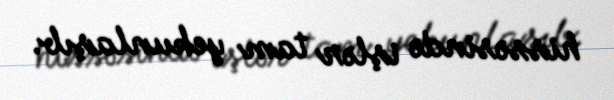
hissəsində işlər tam yekunlaşıb.